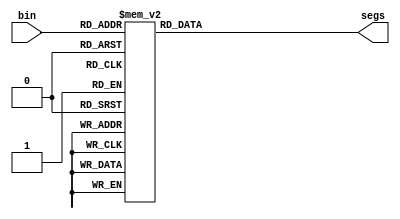
`timescale 1ns / 1ps

`define SS_a 8'b00000101
`define SS_D 8'b10000101
`define SS_e 8'b01100001
`define SS_F 8'b01110001
`define SS_i 8'b11110011
`define SS_L 8'b11100011
`define SS_M 8'b10000001
`define SS_o 8'b11000101
`define SS_R 8'b11110101
`define SS_S 8'b01001001
`define SS_h 8'b11010001
`define SS_non 8'b11111111

module SSDdisplay(
    output reg[7:0] segs,
    input [3:0] bin
);

always @* begin
    case (bin)
        4'd1: begin
            segs = `SS_a;
        end
        4'd2: begin
            segs = `SS_D;
        end
        4'd3: begin
            segs = `SS_e;
        end
        4'd4: begin
            segs = `SS_F;
        end
        4'd5: begin
            segs = `SS_i;
        end
        4'd6: begin
            segs = `SS_L;
        end
        4'd7: begin
            segs = `SS_M;
        end
        4'd8: begin
            segs = `SS_o;
        end
        4'd9: begin
            segs = `SS_R;
        end
        4'd10: begin
            segs = `SS_S;
        end
        4'd11: begin
            segs = `SS_non;
        end
        4'd12: begin
            segs = `SS_h;
        end
        default: segs = 8'b11111111;
    endcase
end
endmodule